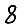
Digit: 8